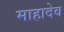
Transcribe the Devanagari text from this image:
माहादेव